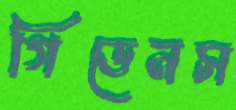
গিডেনস